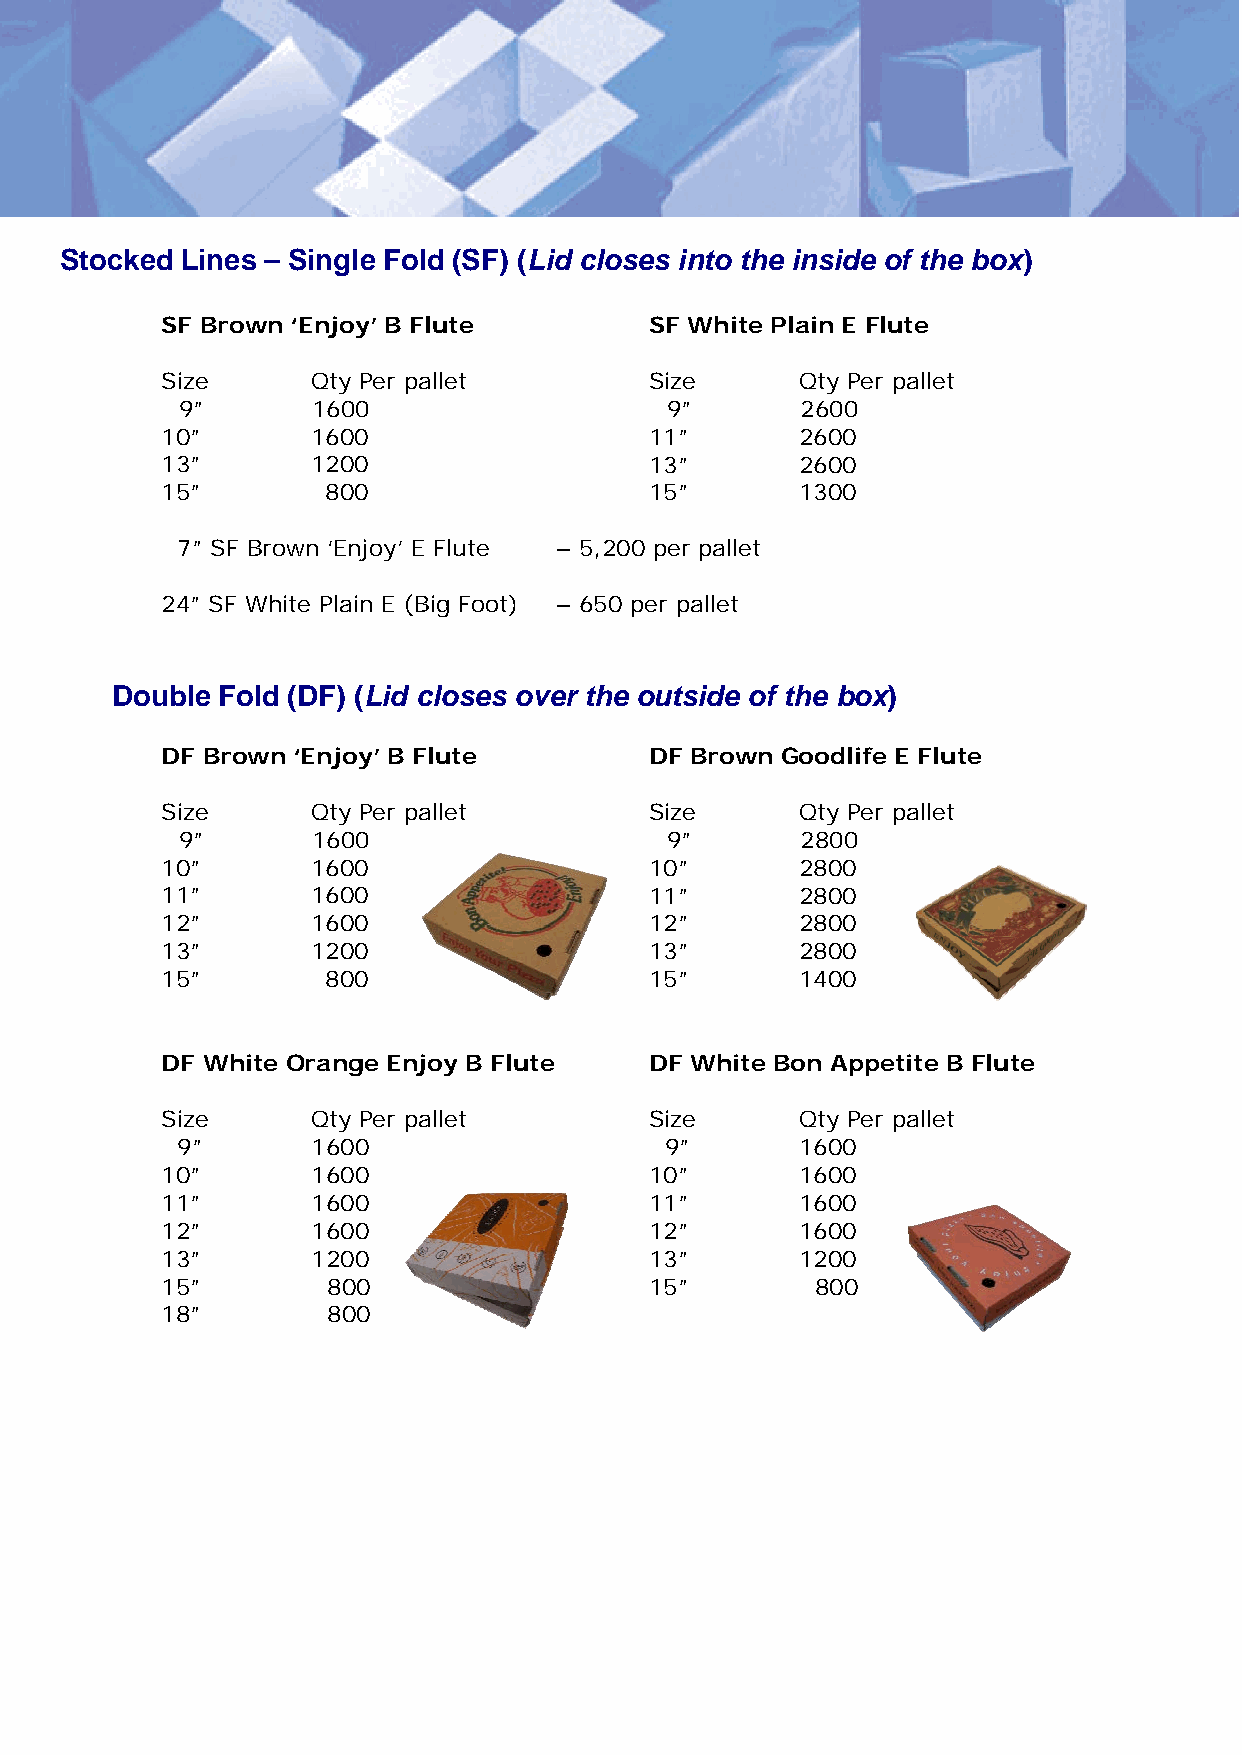
Stocked Lines – Single Fold (SF) (Lid closes into the inside of the box)
 SF Brown ‘Enjoy’ B Flute        SF White Plain E Flute
 Size      Qty Per pallet        Size      Qty Per pallet
 9”       1600                   9”       2600
 10”       1600                  11”       2600
 13”       1200                  13”       2600
 15”        800                  15”       1300
 7” SF Brown ‘Enjoy’ E Flute – 5,200 per pallet
 24” SF White Plain E (Big Foot) – 650 per pallet
 Double Fold (DF) (Lid closes over the outside of the box)
 DF Brown ‘Enjoy’ B Flute        DF Brown Goodlife E Flute
 Size      Qty Per pallet        Size      Qty Per pallet
 9”       1600                   9”       2800
 10”       1600                  10”       2800
 11”       1600                  11”       2800
 12”       1600                  12”       2800
 13”       1200                  13”       2800
 15”        800                  15”       1400
 DF White Orange Enjoy B Flute   DF White Bon Appetite B Flute
 Size      Qty Per pallet        Size      Qty Per pallet
 9”       1600                   9”       1600
 10”       1600                  10”       1600
 11”       1600                  11”       1600
 12”       1600                  12”       1600
 13”       1200                  13”       1200
 15”        800                  15”        800
 18”        800